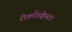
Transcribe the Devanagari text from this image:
रीकाँगक्वेस्टा